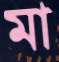
মা